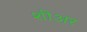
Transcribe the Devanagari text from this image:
शीअर